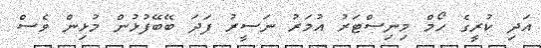
އަދި ކުރީގެ ހޯމް މިނިސްޓަރު އުމަރު ނަސީރު ފަދަ ބޭބޭފުޅުން މުޅިން ވެސް